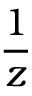
\frac { 1 } { z }